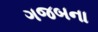
ગજબના